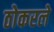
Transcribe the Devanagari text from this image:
ठोकरले